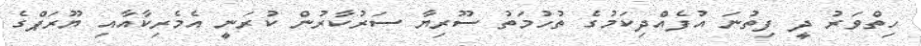
ހިތްވަރު ދީ ފިތުނަ އުފެއްދިކަމުގެ ތުހުމަތު ސޫރިޔާ ސަރުކާރުން ކުރަނީ އެމެރިކާއާއި ޔޫރަޕްގެ